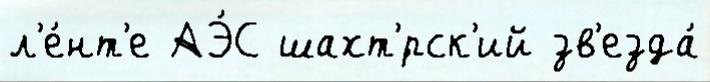
л'е́нт'е АЭ́С шахт'́рск'ий зв'езда́